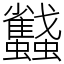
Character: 蠽